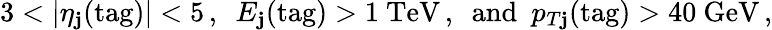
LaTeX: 3<|\eta_{\mathbf{j}}(\mathrm{{tag}})|<5\, ,\ \ E_{\mathbf{j}}(\mathrm{{tag}})>1~\mathrm{{TeV}}\, ,\ \ \mathrm{{and}}\ \ p_{T\mathbf{j}}(\mathrm{{tag}})>40~\mathrm{{GeV}}\, ,